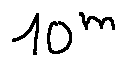
1 0 ^ { m }